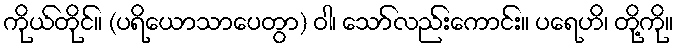
ကိုယ်တိုင်။ (ပရိယောသာပေတွာ) ဝါ၊ သော်လည်းကောင်း။ ပရေဟိ၊ တို့ကို။